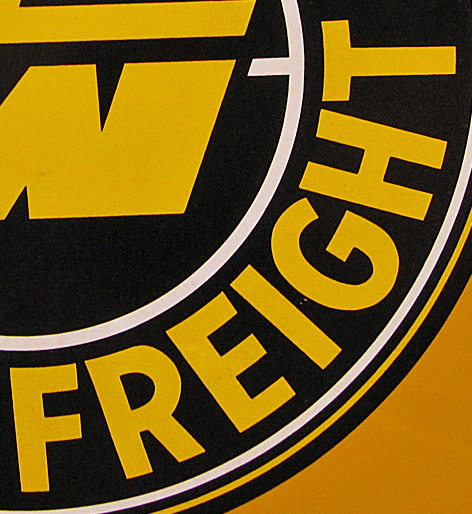
FREIGHT